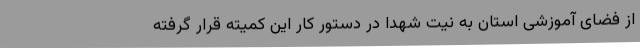
از فضای آموزشی استان به نیت شهدا در دستور کار این کمیته قرار گرفته